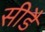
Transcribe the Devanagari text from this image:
सीडै